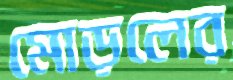
মোড়লের